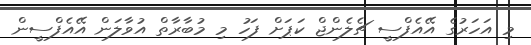
މި އަހަރުގެ އޭއެފްސީ ޗެލެންޖް ކަޕަށް ފަހު މި މުބާރާތް އުވާލަން އޭއެފްސީން